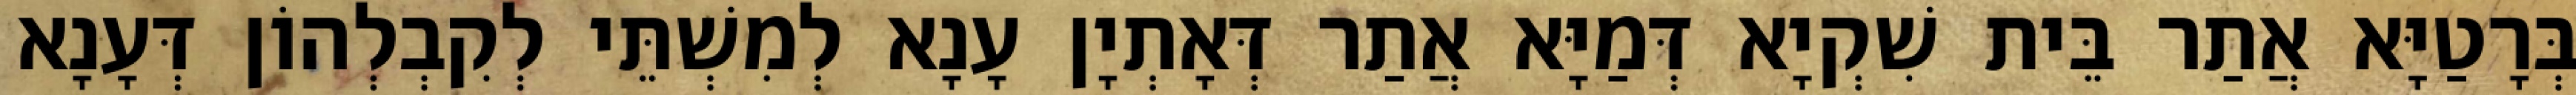
בְּרָטַיָּא אֲתַר בֵּית שִׁקְיָא דְּמַיָּא אֲתַר דְּאָתְיָן עָנָא לְמִשְׁתֵּי לְקִבְלְהוֹן דְּעָנָא